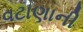
વટાણાની